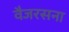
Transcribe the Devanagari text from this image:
वैजरसना